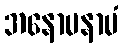
အနောမနာမံ